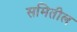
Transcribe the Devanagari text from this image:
समितील